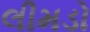
લીમડો